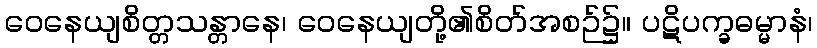
ဝေနေယျစိတ္တသန္တာနေ၊ ဝေနေယျတို့၏စိတ်အစဉ်၌။ ပဋိပက္ခဓမ္မာနံ၊